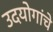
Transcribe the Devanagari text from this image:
उदयोगांचे